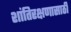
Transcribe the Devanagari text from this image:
शांतिरक्षणासाठी